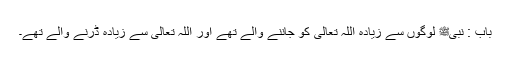
باب : نبیﷺ لوگوں سے زیادہ اللہ تعالیٰ کو جاننے والے تھے اور اللہ تعالیٰ سے زیادہ ڈرنے والے تھے۔